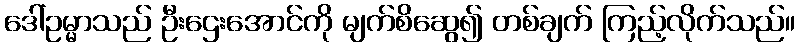
ဒေါ်ဥမ္မာသည် ဦးဌေးအောင်ကို မျက်စိဆွေ၍ တစ်ချက် ကြည့်လိုက်သည်။